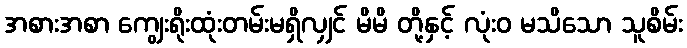
အစားအစာ ကျွေးရိုးထုံးတမ်းမရှိလျှင် မိမိ တို့နှင့် လုံးဝ မသိသော သူစိမ်း